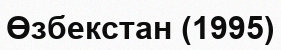
Өзбекстан (1995)